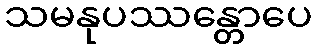
သမနုပဿန္တောပေ